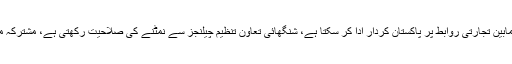
شاہ محمود قریشی نے کہا کہ رکن ممالک کے مابین تجارتی روابط پر پاکستان کردار ادا کر سکتا ہے، شنگھائی تعاون تنظیم چیلنجز سے نمٹنے کی صلاحیت رکھتی ہے، مشترکہ مفادات پر مل کر کام کرنے پر یقین رکھتے ہیں۔